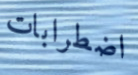
اضطرابات